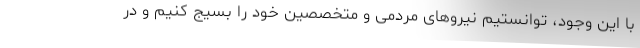
با این وجود، توانستیم نیروهای مردمی و متخصصین خود را بسیج کنیم و در